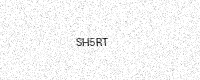
Text: SH5RT